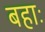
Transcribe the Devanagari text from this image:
बहाः